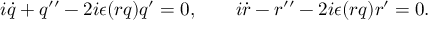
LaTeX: i \dot { q } + q ^ { \prime \prime } - 2 i \epsilon ( r q ) q ^ { \prime } = 0 , \qquad i \dot { r } - r ^ { \prime \prime } - 2 i \epsilon ( r q ) r ^ { \prime } = 0 .